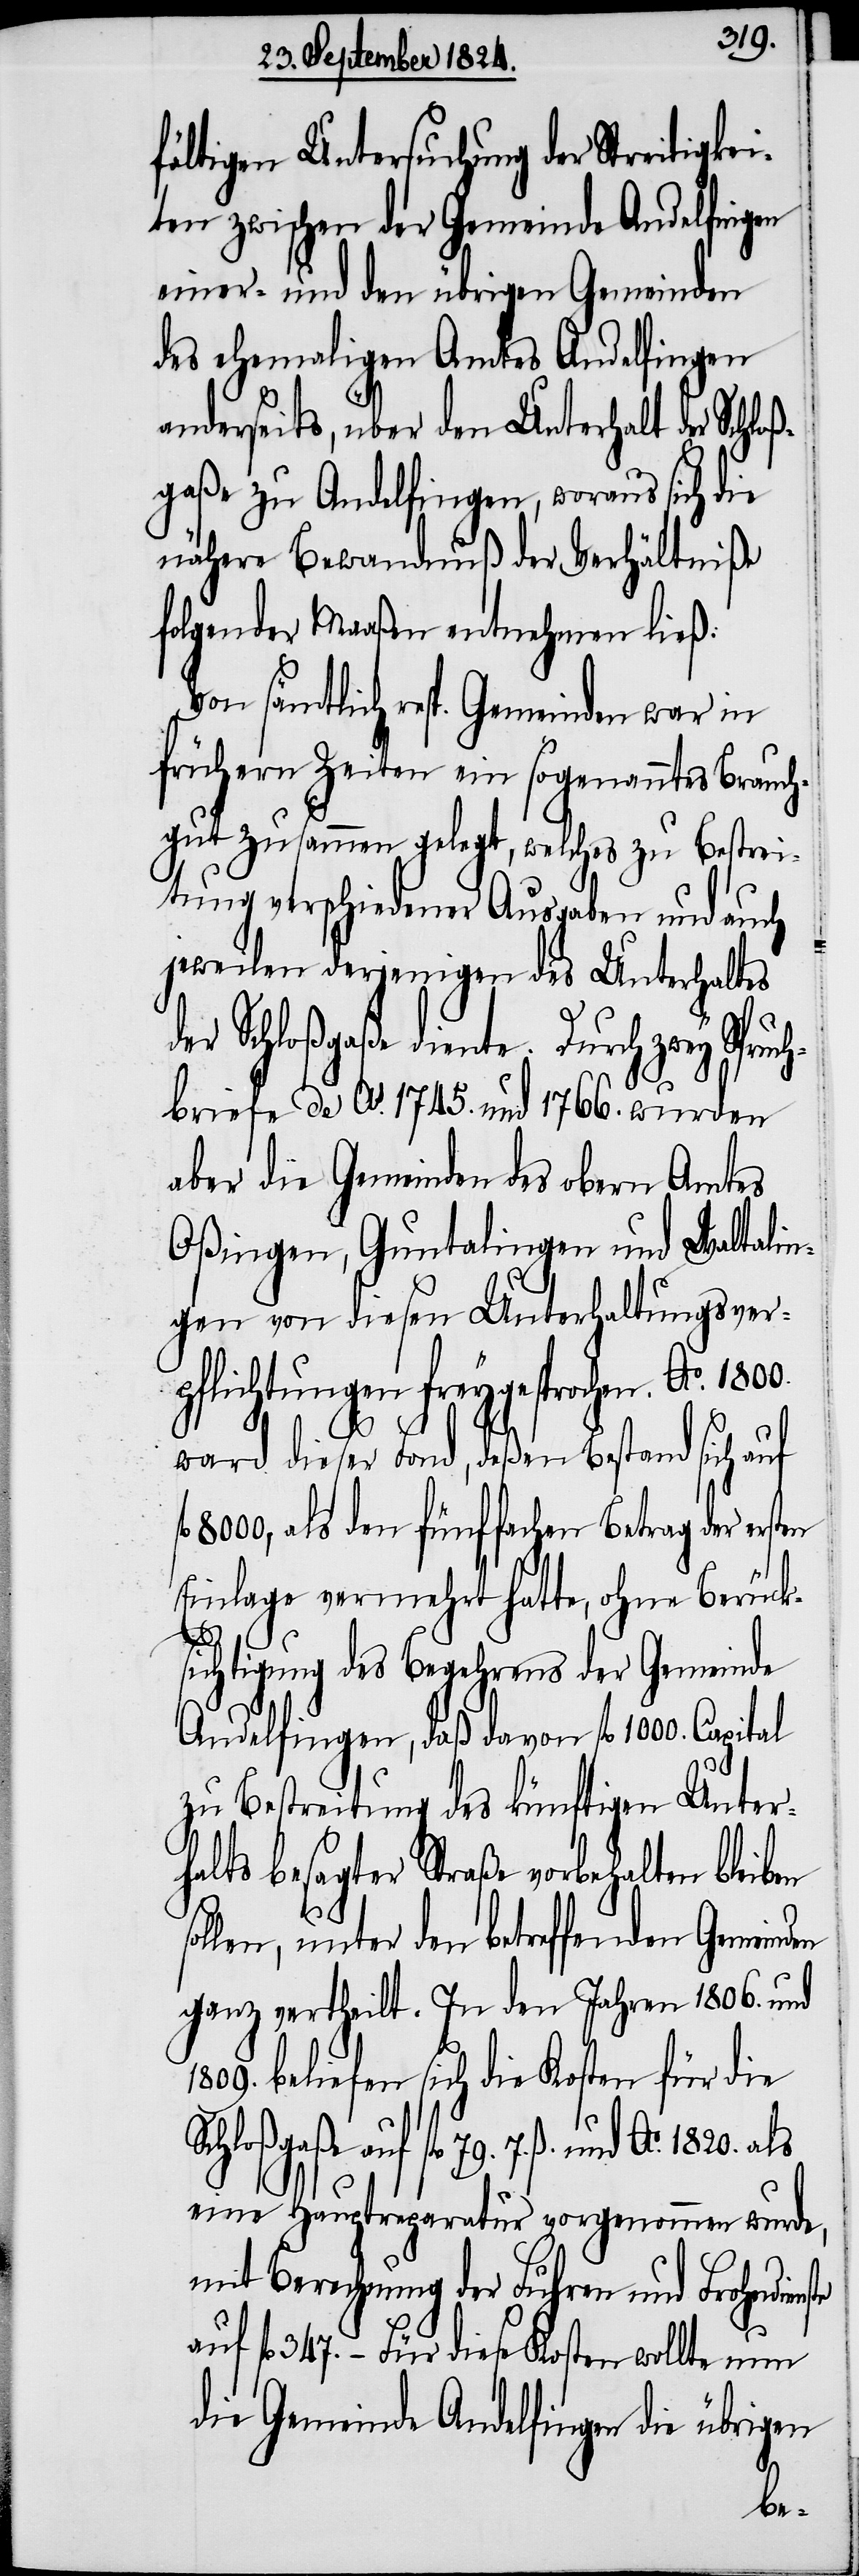
fältigen Untersuchung der Streiti¬
ten zwischen der Gemeinde Andelfingen
einer- und den übrigen Gemeinden
des ehemaligen Amts Andelfingen
anderseits, über den Unterhalt der Schlo¬
ßgaße zu Andelfingen, woraus sich die
nähere Bewandtnuß der Verhältniße
folgender Maaßen entnehmen ließ:
Von sämtlich resp. Gemeinden war in
frühern Zeiten ein sogenanntes Brauch¬
gut zusammen gelegt, welches zu Bestrei¬
tung verschiedener Ausgaben und auch
jeweilen derjenigen des Unterhaltes
der Schloßgaße diente. Durch zwey Spruch¬
briefe de A. 1745. und 1766. wurden
aber die Gemeinden des obern Amtes
Oßingen, Guntalingen und Waltalin¬
gen von diesen Unterhaltungsver¬
pflichtungen freygesprochen. Ao. 1800.
ward dieser Fond, deßen Bestand sich auf
8000, als den fünffachen Betrag der ersten
Einlage vermehrt hatte, ohne Berück¬
sichtigung des Begehrens der Gemeinde
Andelfingen, daß davon fl 1000. Capital
zu Bestreitung des künftigen Unter¬
halts besagter Straße vorbehalten bleiben
sollen, unter den betreffenden Gemeinden
ganz vertheilt. In den Jahren 1806. und
beliefen sich die Kosten für die
Schloßgaße auf fl 79. 7. ß.
eine Hauptreparatur vorgenommen wurde,
mit Berechnung der Fuhren und Frohndien¬
uf fl 347. – Für diese Kosten wollte nun
die Gemeinde Andelfingen die übrigen
ste
a¬